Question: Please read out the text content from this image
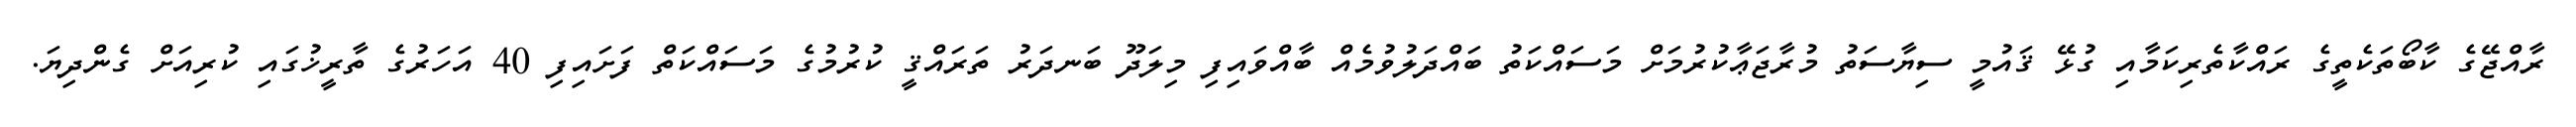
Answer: ރާއްޖޭގެ ކާބޯތަކެތީގެ ރައްކާތެރިކަމާއި ގުޅޭ ޤައުމީ ސިޔާސަތު މުރާޖަޢާކުރުމަށް މަސައްކަތު ބައްދަލުވުމެއް ބާއްވައިފި މިލަދޫ ބަނދަރު ތަރައްޤީ ކުރުމުގެ މަސައްކަތް ފަށައިފި 40 އަހަރުގެ ތާރީޚުގައި ކުރިއަށް ގެންދިޔަ.